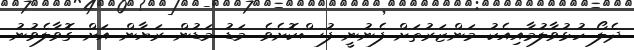
ދެލޯ ހުޅުވާލުމާއިއެކު މަންޒަރުތަށް ފެނުނީ ފުސްކޮށެވެ. މަޑު މަޑުން ރަޔާން އަށް ގޮވާލެވުނު